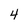
Character: 4